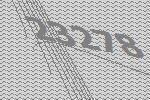
23278